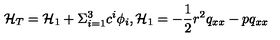
{ \cal H } _ { T } = { \cal H } _ { 1 } + \Sigma _ { i = 1 } ^ { 3 } c ^ { i } \phi _ { i } , { \cal H } _ { 1 } = - \frac { 1 } { 2 } r ^ { 2 } q _ { x x } - p q _ { x x }